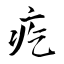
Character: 疙